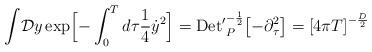
LaTeX: \begin{align*}{\displaystyle\int} {\cal D} y\, {\rm exp}\Bigl [- \int_0^T d\tau{1\over 4}{\dot y}^2\Bigr ]={\rm Det'}^{-{1\over 2}}_P\bigl[ -{\partial}^2_{\tau}\bigr]= {\lbrack 4\pi T\rbrack}^{-{D\over 2}}\\\end{align*}